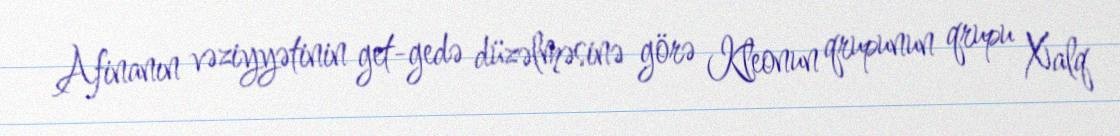
Afinanın vəziyyətinin get-gedə düzəlməsinə görə Kleonun qrupunun qrupu Xalq